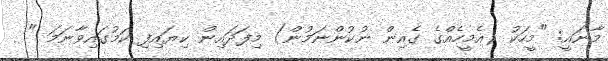
މާނައީ: "މީހަކު (އެމީހެއްގެ ގެއިން ނުކުންނަމުން) މިފަދައިން ކިޔައިފި ކަމުގައިވާނަމަ "